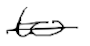
Text: to
Cross-out: single-line
Writing tool: digital_black